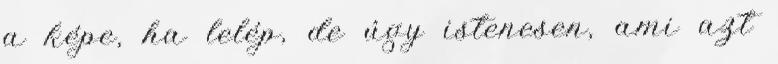
a képe, ha lelép, de úgy istenesen, ami azt